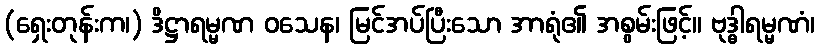
(ရှေးတုန်းက၊) ဒိဋ္ဌာရမ္မဏ ဝသေန၊ မြင်အပ်ပြီးသော အာရုံ၏ အစွမ်းဖြင့်။ ဗုဒ္ဓါရမ္မဏံ၊